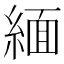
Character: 緬